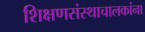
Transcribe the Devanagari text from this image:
शिक्षणसंस्थाचालकांना